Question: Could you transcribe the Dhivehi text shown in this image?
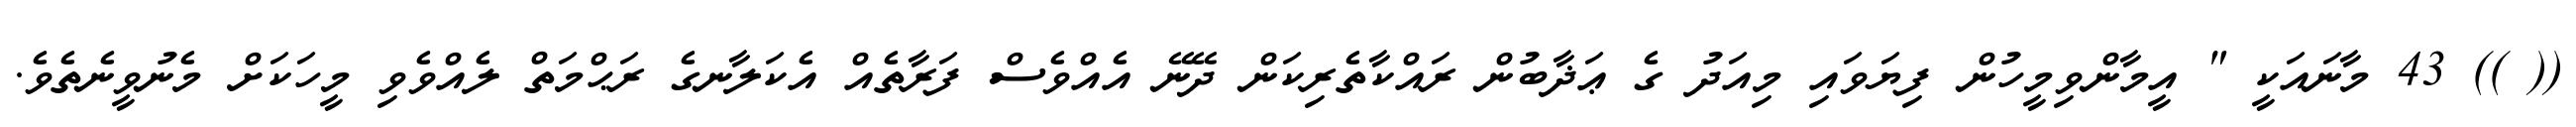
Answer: (( )) 43 މާނައަކީ " އީމާންވިމީހުން ފިޔަވައި މިއަދު ގެ ޢަޛާބުން ރައްކާތެރިކަން ދޭނޭ އެއްވެސް ފަރާތެއް އެކަލާނގެ ރަޙްމަތް ލެއްވެވި މީހަކަށް މެނުވީނެތެވެ.